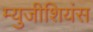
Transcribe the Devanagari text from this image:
म्युजीशियंस